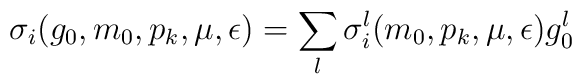
\sigma_i(g_0,m_0,p_k,\mu,\epsilon) =\sum_{l}\sigma_i^l(m_0,p_k,\mu,\epsilon)g_0^l